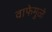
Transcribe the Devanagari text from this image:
वाफेमुळे